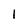
Character: I